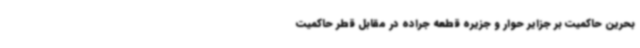
بحرین حاکمیت بر جزایر حوار و جزیره قطعه جراده در مقابل قطر حاکمیت